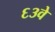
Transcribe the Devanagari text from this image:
६३वे